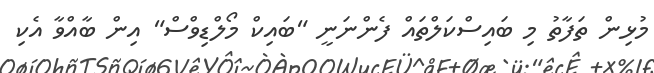
މުޅިން ތަފާތު މި ބައިސްކަލްތައް ފެންނަނީ "ބައިކް މޯލްޑިވްސް" އިން ބާއްވާ އެކި